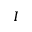
I